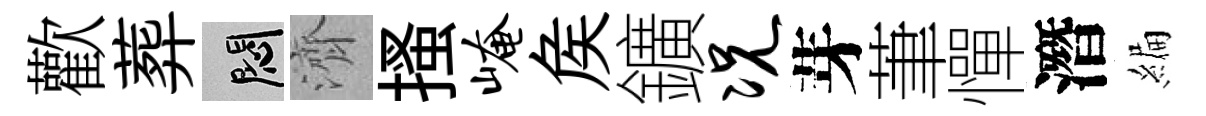
歡葬悶濟搔崦矦鑛况芽茟憚潛編